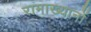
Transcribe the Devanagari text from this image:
रामाख्यानों